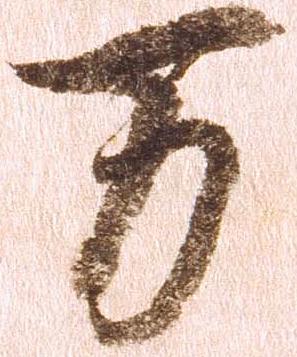
万